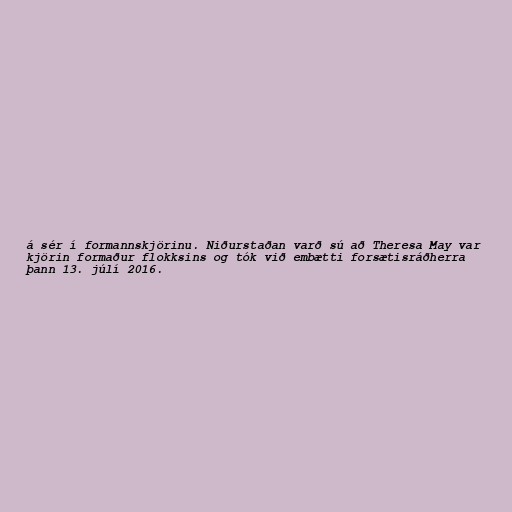
á sér í formannskjörinu. Niðurstaðan varð sú að Theresa May var
kjörin formaður flokksins og tók við embætti forsætisráðherra
þann 13. júlí 2016.